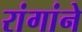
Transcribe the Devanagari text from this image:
रांगांने